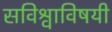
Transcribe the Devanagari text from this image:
सविश्वाविषयी